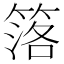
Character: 𥯛